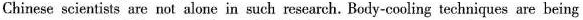
Chinese scientists are not alone in such research. Body-cooling techniques are being